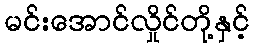
မင်းအောင်လှိုင်တို့နှင့်